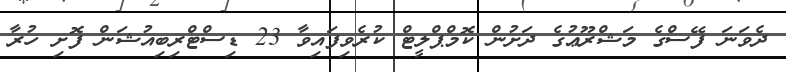
ދެވަނަ ފޭސްގެ މަޝްރޫޢުގެ ދަށުން ކޮމްޕްލީޓް ކުރެވިފައިވާ 23 ޑިސްޓްރިބިއުޝަން ފޮށި ހުރާ